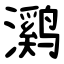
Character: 㶉